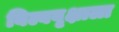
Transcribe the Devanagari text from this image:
बिल्ववृक्षाला